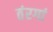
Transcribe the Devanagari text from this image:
तंरगां